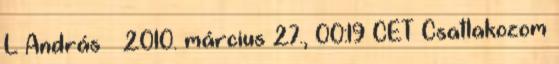
L András → 2010. március 27., 00:19 CET Csatlakozom